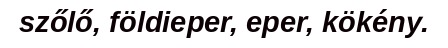
szőlő, földieper, eper, kökény.